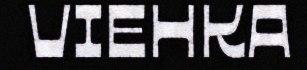
VIEHKA